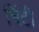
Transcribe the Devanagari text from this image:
चिंटी